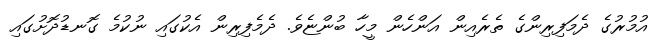
އުމުރުގެ ދެމަފިރިންގެ ތެރެއިން އަންހެން މީހާ ބުންޏެވެ. ދެމެފިރިން އެކުގައި ނުކުމެ ގޮނޑުދޮށުގައި